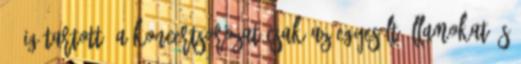
6-áig tartott. A koncertsorozat csak az Egyesült Államokat és